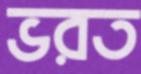
ভরত